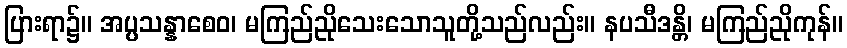
ပြားရာ၌။ အပ္ပသန္နာစေဝ၊ မကြည်ညိုသေးသောသူတို့သည်လည်း။ နပသီဒန္တိ၊ မကြည်ညိုကုန်။